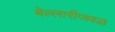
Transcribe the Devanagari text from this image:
बेल्लारीजवळ